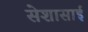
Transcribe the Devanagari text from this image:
सेशासाई